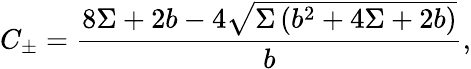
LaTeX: C_{\pm}=\frac{8\Sigma+2b-4\sqrt{\Sigma\left(b^{2}+4\Sigma+2b\right)}}{b},